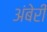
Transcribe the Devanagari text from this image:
अंबेरी